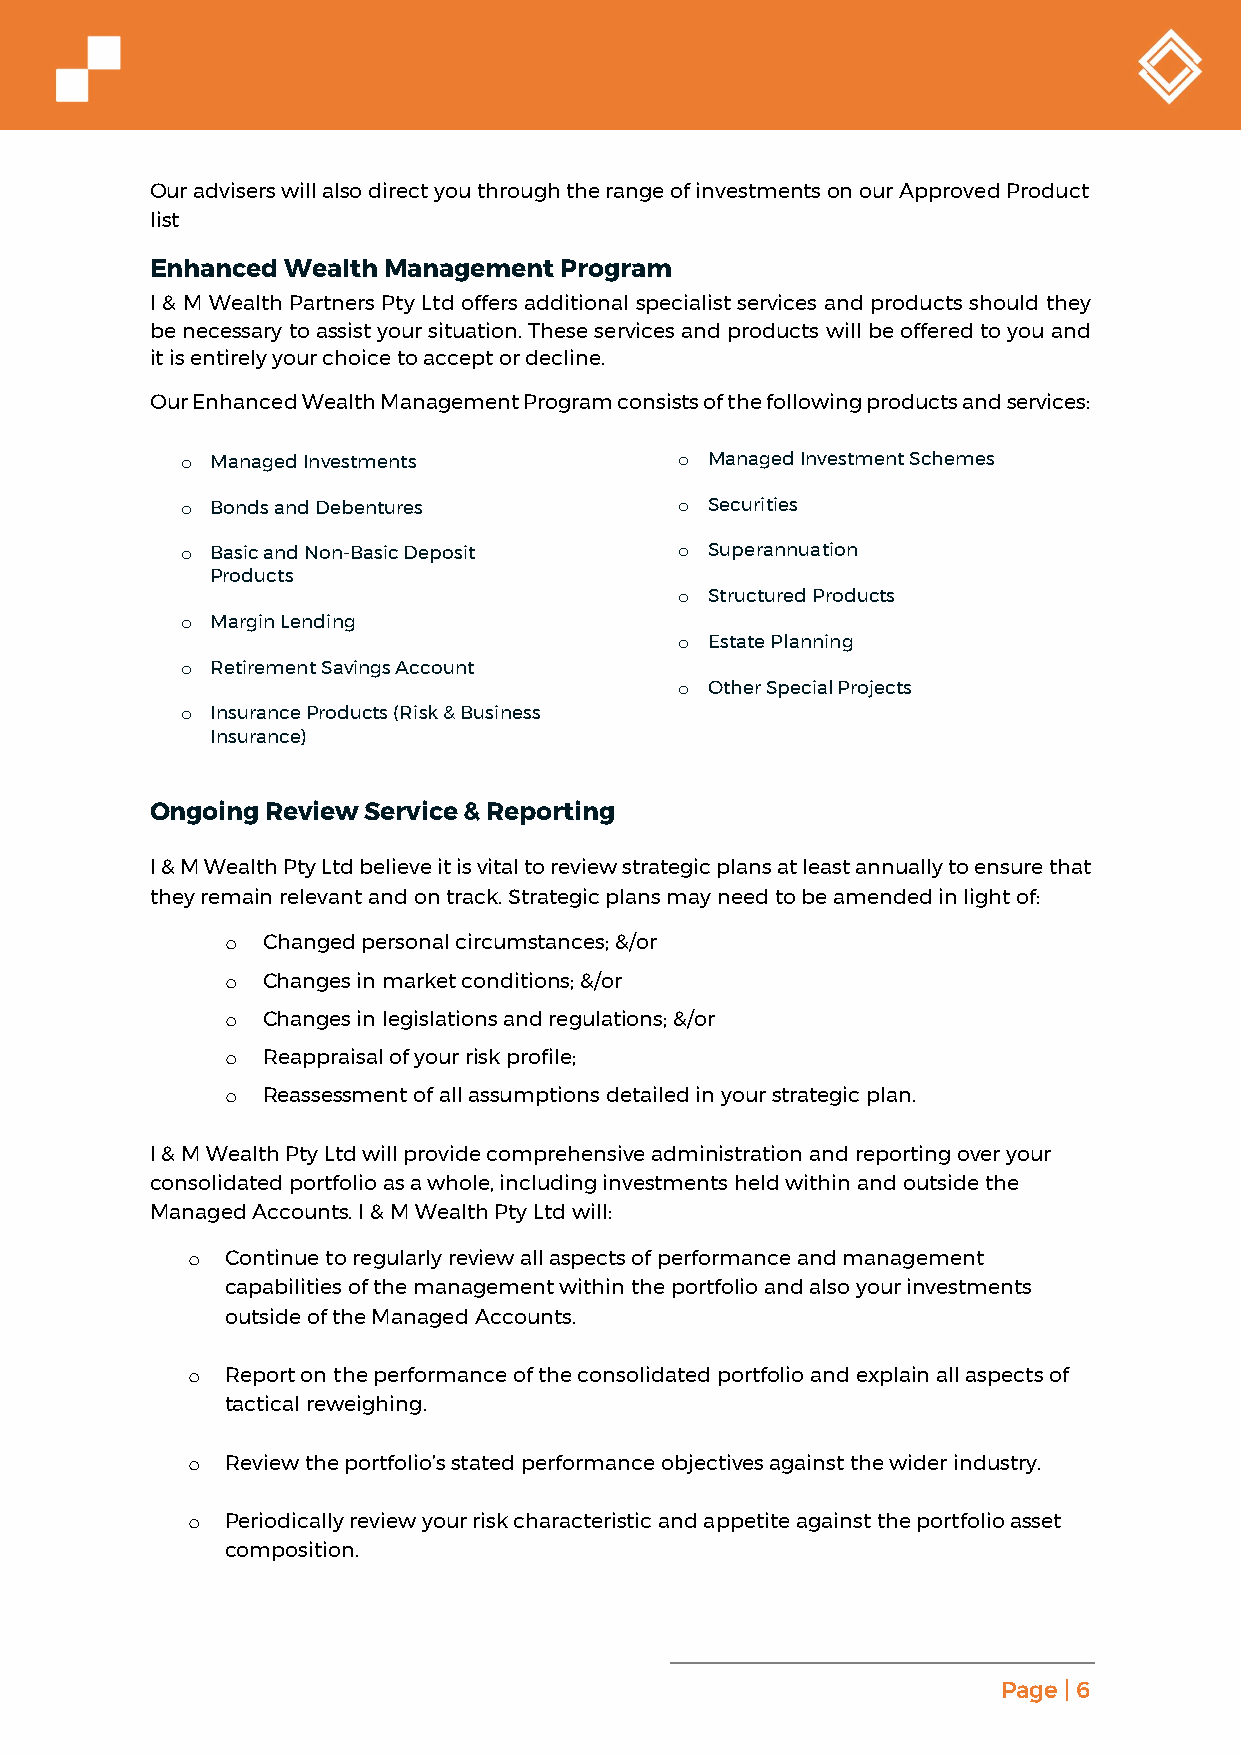
Our advisers will also direct you through the range of investments on our Approved Product
 list
 Enhanced Wealth Management Program
 I & M Wealth Partners Pty Ltd offers additional specialist services and products should they
 be necessary to assist your situation. These services and products will be offered to you and
 it is entirely your choice to accept or decline.
 Our Enhanced Wealth Management Program consists of the following products and services:
 o Managed Investments            o Managed Investment Schemes
 o Bonds and Debentures           o Securities
 o Basic and Non-Basic Deposit    o Superannuation
 Products
 o Structured Products
 o Margin Lending
 o Estate Planning
 o Retirement Savings Account
 o Other Special Projects
 o Insurance Products (Risk & Business
 Insurance)
 Ongoing Review Service & Reporting
 I & M Wealth Pty Ltd believe it is vital to review strategic plans at least annually to ensure that
 they remain relevant and on track. Strategic plans may need to be amended in light of:
 o Changed personal circumstances; &/or
 o Changes in market conditions; &/or
 o Changes in legislations and regulations; &/or
 o Reappraisal of your risk profile;
 o Reassessment of all assumptions detailed in your strategic plan.
 I & M Wealth Pty Ltd will provide comprehensive administration and reporting over your
 consolidated portfolio as a whole, including investments held within and outside the
 Managed Accounts. I & M Wealth Pty Ltd will:
 o  Continue to regularly review all aspects of performance and management
 capabilities of the management within the portfolio and also your investments
 outside of the Managed Accounts.
 o  Report on the performance of the consolidated portfolio and explain all aspects of
 tactical reweighing.
 o  Review the portfolio’s stated performance objectives against the wider industry.
 o  Periodically review your risk characteristic and appetite against the portfolio asset
 composition.
 Page | 6